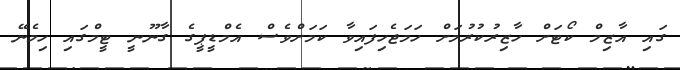
ގައި އާޒިމް ކޯޓަށް ހާޒިރުކުރުމަށް ހަމަޖެހިފައިވާ ކަމަށްވެސް އެމްޑީޕީގެ ގާނޫނީ ޓީމްގައި ހިމެނޭ